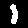
Digit: 1